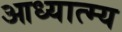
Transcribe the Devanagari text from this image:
आध्यात्म्य